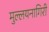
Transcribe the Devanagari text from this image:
मुल्लयनागिरी